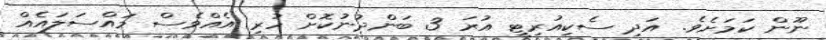
ނޫން ކަމަށެވެ. އަދި ސެކިއުރިޓީ އުރަ 3 ބަންދުނުކޮށް ހުރި އެއްވެސް މައްސަލައެއް